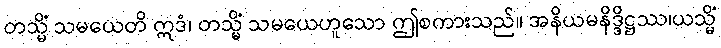
တသ္မိံ သမယေတိ ဣဒံ၊ တသ္မိံ သမယေဟူသော ဤစကားသည်။ အနိယမနိဒ္ဒိဋ္ဌဿ၊ယသ္မိံ